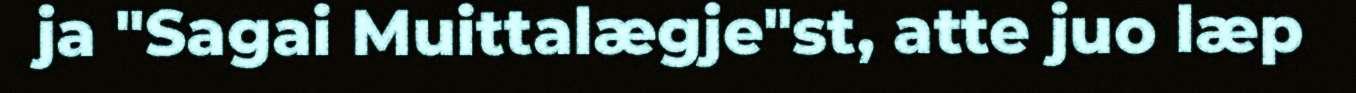
ja "Sagai Muittalægje"st, atte juo læp